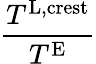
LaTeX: \frac{T^{\textnormal{L},\textnormal{crest}}}{T^{\textnormal{E}}}